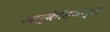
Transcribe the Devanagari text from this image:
आर्केडियन्स